Lunatic asylums Central Provinces reports 1886-1894 - 1886-1894
Year: 1886
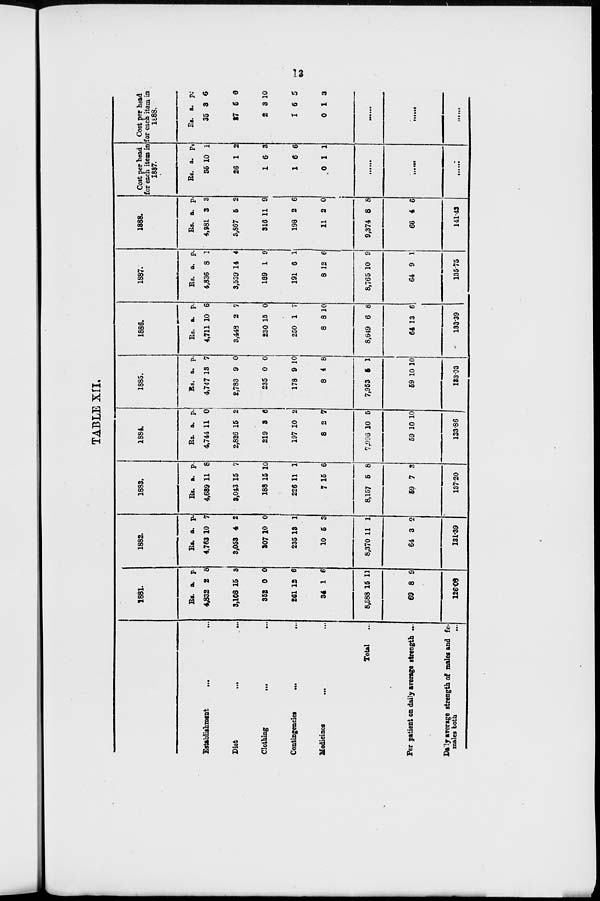
13
TABLE XII.
Establishment ... ...
Diet
...
...
Clothing
...
...
Contingencies ... ...
Medicines
...
...
Total ...
Per patient on daily average strength ...
Daily average strength of males and fe-
males both
...
1881.
Rs.
4,832
9,108
352
261
34
8,588
69
a.
2
15
0
12
1
15
8
p.
8
3
0
6
6
11
9
126.08
1882.
Rs.
4,763
3,053
307
235
10
8,370
64
a.
10
4
10
13
5
11
3
p.
7
2
0
1
3
1
2
131.39
1883.
Rs.
4,689
3,043
188
226
7
8,157
59
a.
11
15
15
11
15
5
7
p.
8
7
10
1
6
8
3
137.20
1884.
Rs.
4,744
2,826
219
197
8
7.996
59
a.
11
15
3
10
2
10
10
p.
0
2
0
2
7
5
10
133.86
1885.
Rs.
4,747
2,783
235
178
8
7,953
59
a.
13
9
0
9
4
5
10
p.
7
0
0
10
8
1
10
133.03
1886.
Rs.
4,711
3,449
230
250
8
8,649
64
a.
10
2
15
1
8
6
13
p.
6
7
0
7
10
8
6
133.39
1887.
Rs.
4,836
3,539
189
191
8
8,765
64
a.
8
14
1
6
12
10
9
p.
1
4
9
1
6
9
1
135.75
1888.
Rs.
4,981
3,867
316
198
11
9,374
66
a.
3
5
11
2
2
8
4
p.
3
2
9
6
0
8
6
141.43
Cost per head
for each item in
1887.
Rs.
35
26
1
1
0
a.
10
1
6
6
1
p.
1
2
3
6
1
......
......
......
Cost per head
for each item in
1888.
Rs.
35
27
2
1
0
a.
3
5
3
6
1
p.
6
6
10
5
3
......
......
......